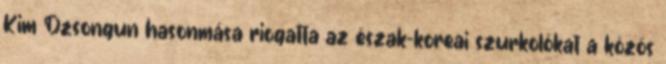
Kim Dzsongun hasonmása riogatta az észak-koreai szurkolókat a közös